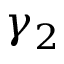
\gamma _ { 2 }